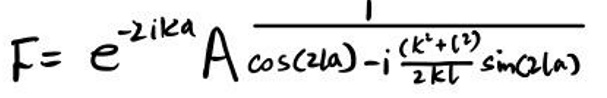
\[
F = e^{-2ika} \frac{1}{A \cos(2la) - i\frac{(k^2 + l^2)}{2kl} \sin(2la)}
\]